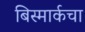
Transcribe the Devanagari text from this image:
बिस्मार्कचा